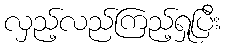
လှည့်လည်ကြည့်ရှုပြီး